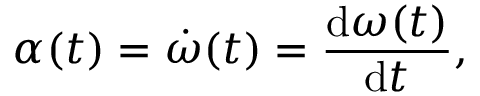
\alpha ( t ) = { \dot { \omega } } ( t ) = { \frac { \mathrm { d } \omega ( t ) } { \mathrm { d } t } } ,